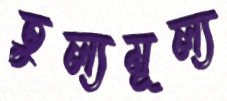
তুল্যমূল্য